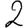
Digit: 2